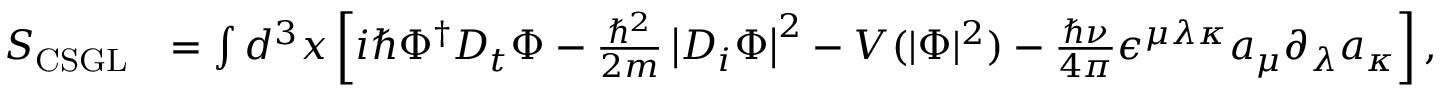
\begin{array} { r l } { S _ { \mathrm { C S G L } } } & { = \int d ^ { 3 } x \left[ i \hbar \Phi ^ { \dagger } D _ { t } \Phi - \frac { \hbar ^ { 2 } } { 2 m } \left| D _ { i } \Phi \right| ^ { 2 } - V ( | \Phi | ^ { 2 } ) - \frac { \hbar \nu } { 4 \pi } \epsilon ^ { \mu \lambda \kappa } a _ { \mu } \partial _ { \lambda } a _ { \kappa } \right] , } \end{array}